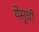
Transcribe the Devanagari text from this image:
येसूची